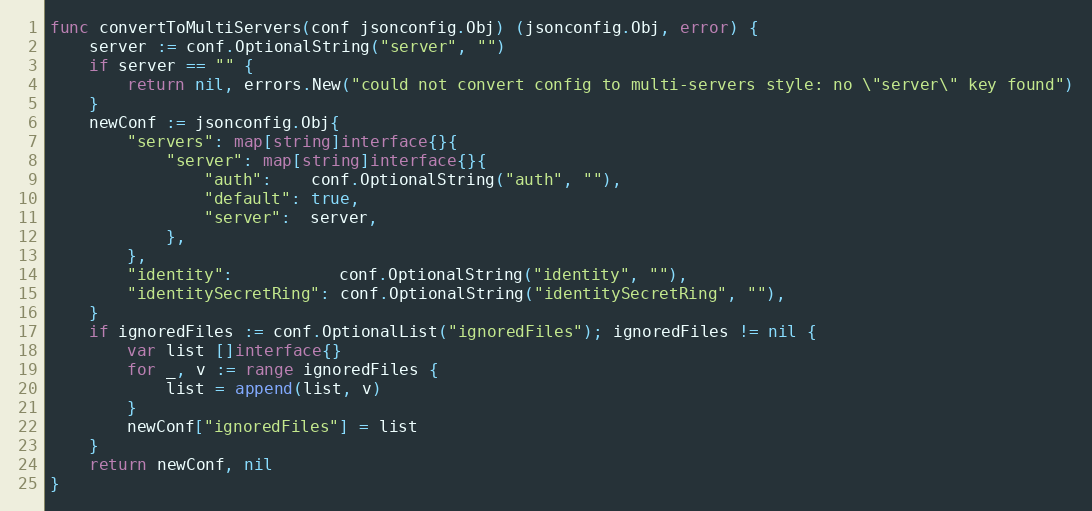
Language: Go
func convertToMultiServers(conf jsonconfig.Obj) (jsonconfig.Obj, error) {
	server := conf.OptionalString("server", "")
	if server == "" {
		return nil, errors.New("could not convert config to multi-servers style: no \"server\" key found")
	}
	newConf := jsonconfig.Obj{
		"servers": map[string]interface{}{
			"server": map[string]interface{}{
				"auth":    conf.OptionalString("auth", ""),
				"default": true,
				"server":  server,
			},
		},
		"identity":           conf.OptionalString("identity", ""),
		"identitySecretRing": conf.OptionalString("identitySecretRing", ""),
	}
	if ignoredFiles := conf.OptionalList("ignoredFiles"); ignoredFiles != nil {
		var list []interface{}
		for _, v := range ignoredFiles {
			list = append(list, v)
		}
		newConf["ignoredFiles"] = list
	}
	return newConf, nil
}